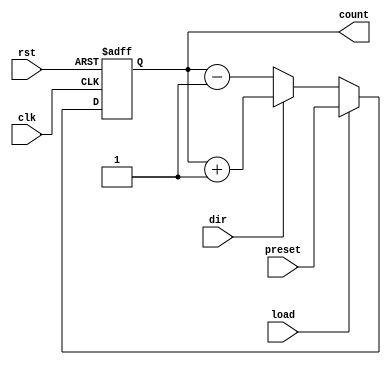
module SynchronousLoadCounter (
    input wire clk,            // Clock signal
    input wire rst,            // Asynchronous active-high reset
    input wire load,           // Load control signal
    input wire dir,            // Direction control signal (1 for up, 0 for down)
    input wire [7:0] preset,   // Preset value (8-bit for example)
    output reg [7:0] count     // Current count value (8-bit for example)
);

    // Asynchronous reset
    always @(posedge clk or posedge rst) begin
        if (rst) begin
            count <= 8'b0;      // Reset count to zero
        end else if (load) begin
            count <= preset;    // Load preset value into count
        end else begin
            // Counting operation
            if (dir) begin
                count <= count + 1; // Increment count
            end else begin
                count <= count - 1; // Decrement count
            end
        end
    end

endmodule